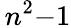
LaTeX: \, n^{2}{-}1